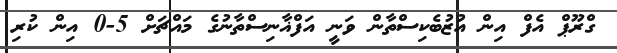
ގްރޫޕް އެފް އިން އުޒުބެކިސްތާން ވަނީ އަފްޣާނިސްތާނުގެ މައްޗަށް 5-0 އިން ކުރި